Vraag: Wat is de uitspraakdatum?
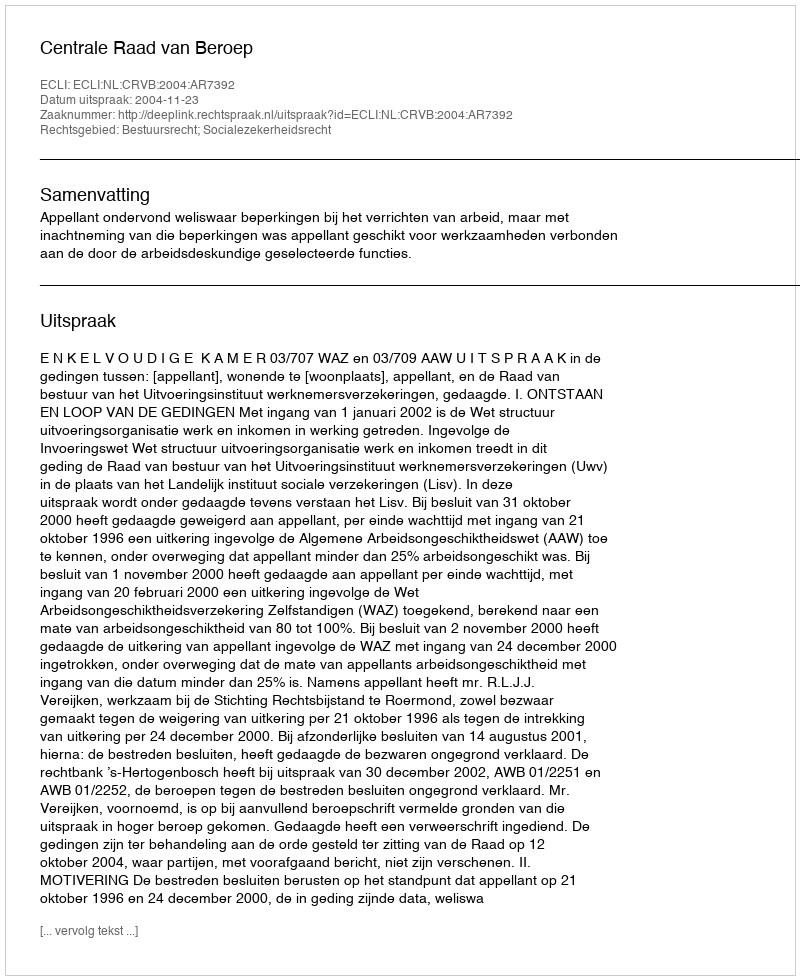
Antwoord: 2004-11-23